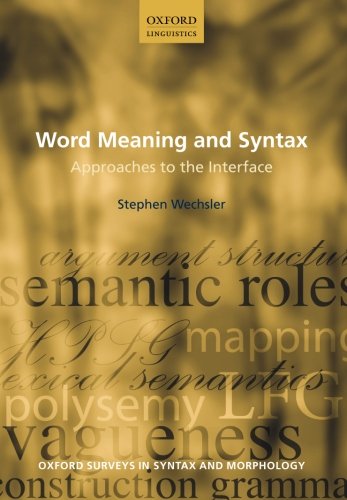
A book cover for Word Meaning and Syntax: Approaches to the Interface (Oxford Surveys in Syntax & Morphology); Stephen Wechsler; Reference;